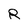
Character: R